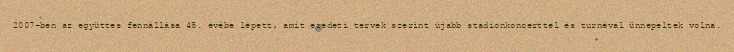
2007-ben az együttes fennállása 45. évébe lépett, amit eredeti tervek szerint újabb stadionkoncerttel és turnéval ünnepeltek volna.